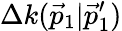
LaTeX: \Delta k(\vec{p}_{1}|\vec{p}_{1}^{\prime})